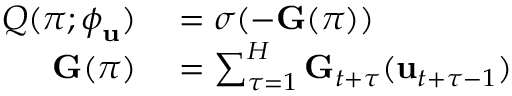
\begin{array} { r l } { Q ( \pi ; \boldsymbol { \phi } _ { \mathbf { u } } ) } & { { } = \sigma ( - \mathbf { G } ( \pi ) ) } \\ { \mathbf { G } ( \pi ) } & { { } = \sum _ { \tau = 1 } ^ { H } \mathbf { G } _ { t + \tau } ( \mathbf { u } _ { t + \tau - 1 } ) } \end{array}